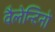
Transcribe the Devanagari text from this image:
वैलेन्टिनो